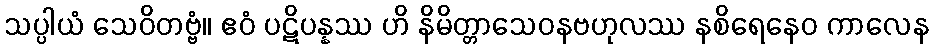
သပ္ပါယံ သေဝိတဗ္ဗံ။ ဧဝံ ပဋိပန္နဿ ဟိ နိမိတ္တာသေဝနဗဟုလဿ နစိရေနေဝ ကာလေန